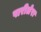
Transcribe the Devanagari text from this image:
पारीलेरा